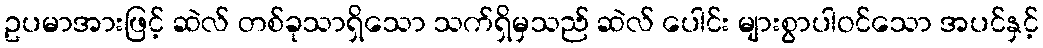
ဥပမာအားဖြင့် ဆဲလ် တစ်ခုသာရှိသော သက်ရှိမှသည် ဆဲလ် ပေါင်း များစွာပါဝင်သော အပင်နှင့်